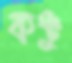
কঞ্চু